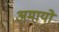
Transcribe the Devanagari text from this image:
अमायो